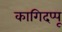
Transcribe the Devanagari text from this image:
कागिदप्पू